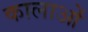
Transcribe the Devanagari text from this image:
कालाओं